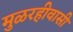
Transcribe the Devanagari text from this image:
मुळरहीवासी